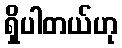
ရှိပါတယ်ဟု